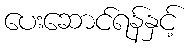
ပေးဆောင်ရန်နှင့်